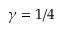
\gamma = 1 / 4